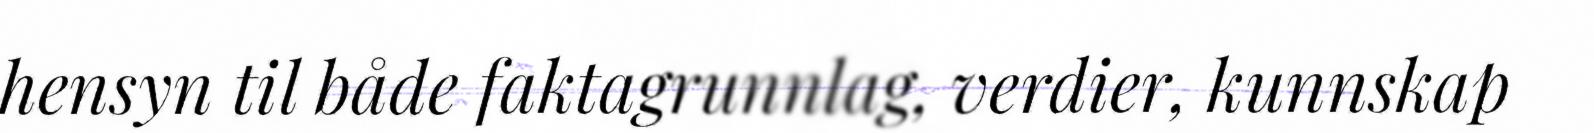
hensyn til både faktagrunnlag, verdier, kunnskap